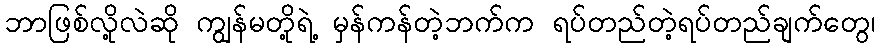
ဘာဖြစ်လို့လဲဆို ကျွန်မတို့ရဲ့ မှန်ကန်တဲ့ဘက်က ရပ်တည်တဲ့ရပ်တည်ချက်တွေ၊